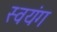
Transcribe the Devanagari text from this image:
स्वयंग